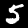
Label: 5